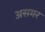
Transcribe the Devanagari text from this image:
असमर